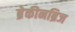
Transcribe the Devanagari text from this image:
ब्रेकीनब्रिज